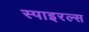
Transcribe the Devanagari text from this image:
स्पाइरल्स